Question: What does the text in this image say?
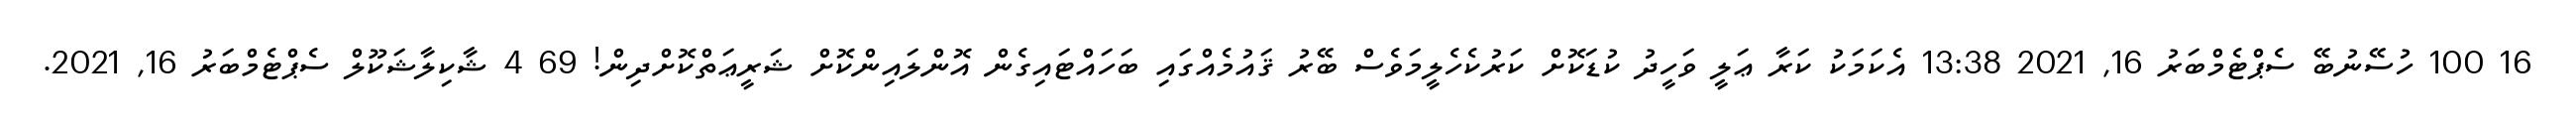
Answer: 16 100 ހުސޭނުބޭ ސެޕްޓެމްބަރު 16, 2021 13:38 އެކަމަކު ކަރާ ޢަލީ ވަހީދު ކުޑަކޮށް ކަރުކެހެލީމަވެސް ބޭރު ޤައުމެއްގައި ބަހައްޓައިގެން އޮންލައިންކޮށް ޝަރީޢަތްކޮށްދިން! 69 4 ޝާކިލާޝަކޫލް ސެޕްޓެމްބަރު 16, 2021.